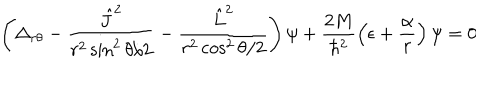
LaTeX: \left( \Delta _ { r \theta } - \frac { { \hat { J } } ^ { 2 } } { r ^ { 2 } \sin ^ { 2 } \theta / 2 } - \frac { { \hat { L } } ^ { 2 } } { r ^ { 2 } \cos ^ { 2 } \theta / 2 } \right) \psi + \frac { 2 M } { \hbar ^ { 2 } } \left( \epsilon + \frac { \alpha } { r } \right) \psi = 0